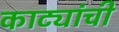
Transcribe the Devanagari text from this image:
काट्यांची